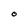
Character: O